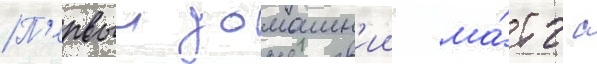
П'ервыи домашн'ии ма́тч с